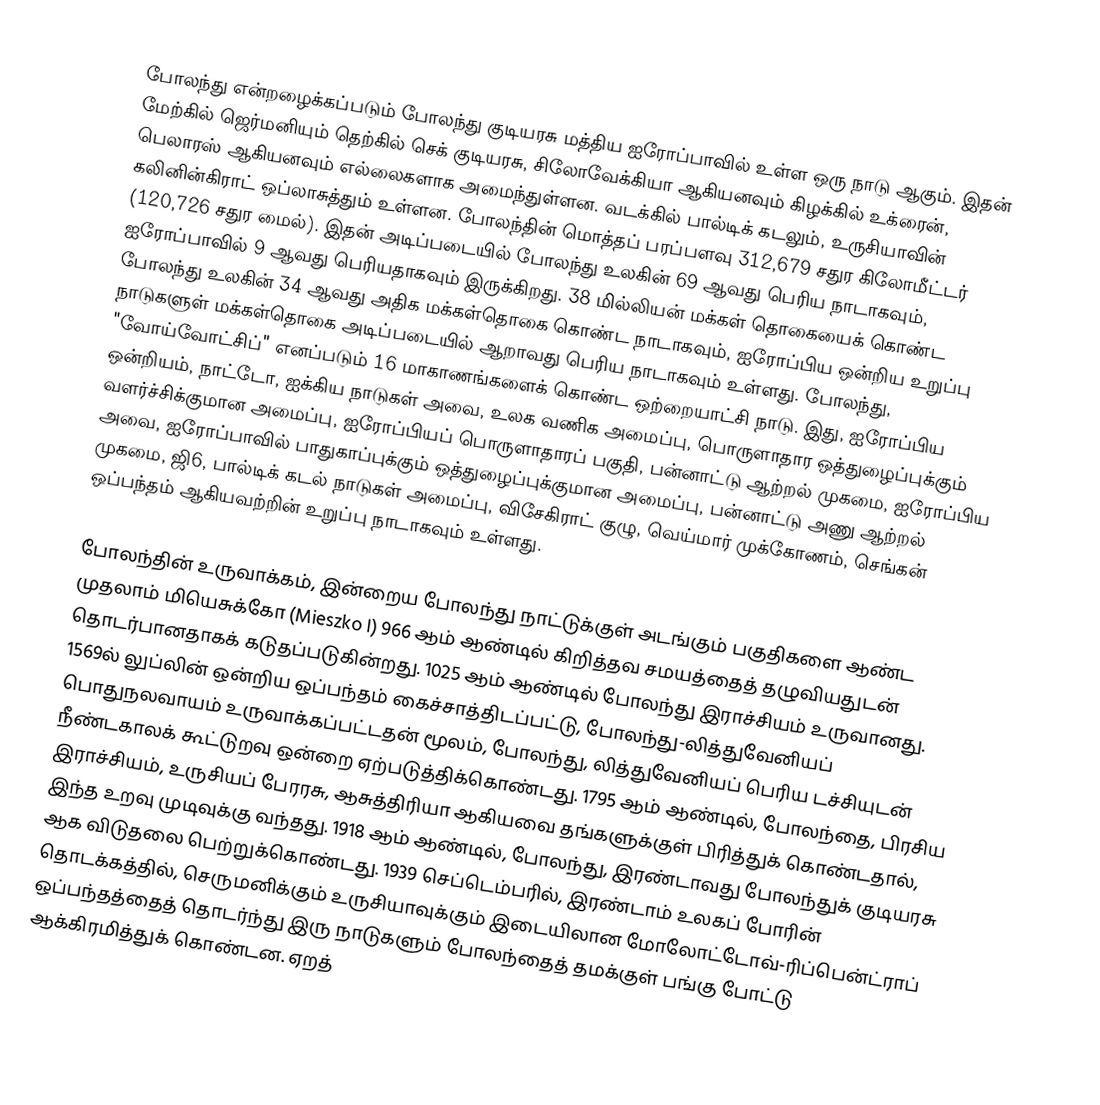
போலந்து என்றழைக்கப்படும் போலந்து குடியரசு மத்திய ஐரோப்பாவில் உள்ள ஒரு நாடு ஆகும். இதன் மேற்கில் ஜெர்மனியும் தெற்கில் செக் குடியரசு, சிலோவேக்கியா ஆகியனவும் கிழக்கில் உக்ரைன், பெலாரஸ் ஆகியனவும் எல்லைகளாக அமைந்துள்ளன. வடக்கில் பால்டிக் கடலும், உருசியாவின் கலினின்கிராட் ஒப்லாசுத்தும் உள்ளன. போலந்தின் மொத்தப் பரப்பளவு 312,679 சதுர கிலோமீட்டர் (120,726 சதுர மைல்). இதன் அடிப்படையில் போலந்து உலகின் 69 ஆவது பெரிய நாடாகவும், ஐரோப்பாவில் 9 ஆவது பெரியதாகவும் இருக்கிறது. 38 மில்லியன் மக்கள் தொகையைக் கொண்ட போலந்து உலகின் 34 ஆவது அதிக மக்கள்தொகை கொண்ட நாடாகவும், ஐரோப்பிய ஒன்றிய உறுப்பு நாடுகளுள் மக்கள்தொகை அடிப்படையில் ஆறாவது பெரிய நாடாகவும் உள்ளது. போலந்து, "வோய்வோட்சிப்" எனப்படும் 16 மாகாணங்களைக் கொண்ட ஒற்றையாட்சி நாடு. இது, ஐரோப்பிய ஒன்றியம், நாட்டோ, ஐக்கிய நாடுகள் அவை, உலக வணிக அமைப்பு, பொருளாதார ஒத்துழைப்புக்கும் வளர்ச்சிக்குமான அமைப்பு, ஐரோப்பியப் பொருளாதாரப் பகுதி, பன்னாட்டு ஆற்றல் முகமை, ஐரோப்பிய அவை, ஐரோப்பாவில் பாதுகாப்புக்கும் ஒத்துழைப்புக்குமான அமைப்பு, பன்னாட்டு அணு ஆற்றல் முகமை, ஜி6, பால்டிக் கடல் நாடுகள் அமைப்பு, விசேகிராட் குழு, வெய்மார் முக்கோணம், செங்கன் ஒப்பந்தம் ஆகியவற்றின் உறுப்பு நாடாகவும் உள்ளது.

போலந்தின் உருவாக்கம், இன்றைய போலந்து நாட்டுக்குள் அடங்கும் பகுதிகளை ஆண்ட முதலாம் மியெசுக்கோ (Mieszko I) 966 ஆம் ஆண்டில் கிறித்தவ சமயத்தைத் தழுவியதுடன் தொடர்பானதாகக் கடுதப்படுகின்றது. 1025 ஆம் ஆண்டில் போலந்து இராச்சியம் உருவானது. 1569ல் லுப்லின் ஒன்றிய ஒப்பந்தம் கைச்சாத்திடப்பட்டு, போலந்து-லித்துவேனியப் பொதுநலவாயம் உருவாக்கப்பட்டதன் மூலம், போலந்து, லித்துவேனியப் பெரிய டச்சியுடன் நீண்டகாலக் கூட்டுறவு ஒன்றை ஏற்படுத்திக்கொண்டது. 1795 ஆம் ஆண்டில், போலந்தை, பிரசிய இராச்சியம், உருசியப் பேரரசு, ஆசுத்திரியா ஆகியவை தங்களுக்குள் பிரித்துக் கொண்டதால், இந்த உறவு முடிவுக்கு வந்தது. 1918 ஆம் ஆண்டில், போலந்து, இரண்டாவது போலந்துக் குடியரசு ஆக விடுதலை பெற்றுக்கொண்டது. 1939 செப்டெம்பரில், இரண்டாம் உலகப் போரின் தொடக்கத்தில், செருமனிக்கும் உருசியாவுக்கும் இடையிலான மோலோட்டோவ்-ரிப்பென்ட்ராப் ஒப்பந்தத்தைத் தொடர்ந்து இரு நாடுகளும் போலந்தைத் தமக்குள் பங்கு போட்டு ஆக்கிரமித்துக் கொண்டன. ஏறத்